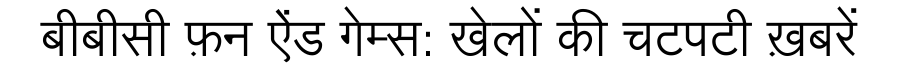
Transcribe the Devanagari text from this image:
बीबीसी फ़न ऐंड गेम्स: खेलों की चटपटी ख़बरें